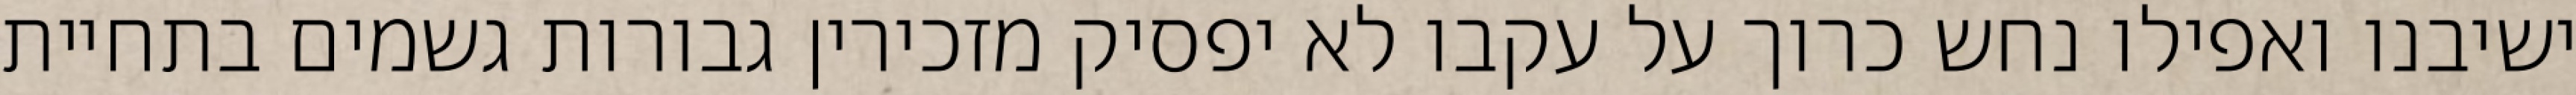
ישיבנו ואפילו נחש כרוך על עקבו לא יפסיק מזכירין גבורות גשמים בתחיית